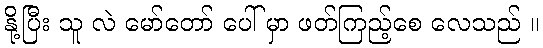
နို့ပြီး သူ လဲ မော်တော် ပေါ် မှာ ဖတ်ကြည့်စေ လေသည် ။